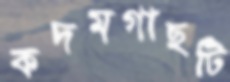
কদমগাছটি